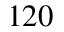
1 2 0